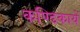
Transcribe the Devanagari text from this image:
कण्डिकायें